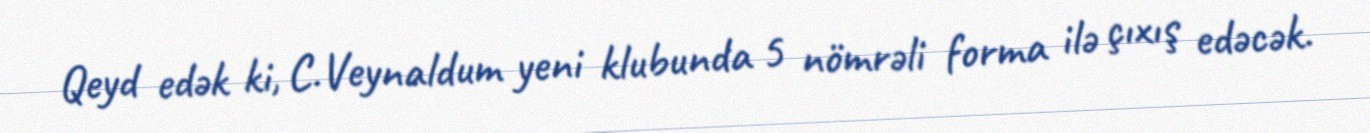
Qeyd edək ki, C.Veynaldum yeni klubunda 5 nömrəli forma ilə çıxış edəcək.